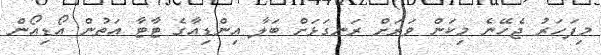
މިފަހަރު ޖެހޭނެ މިކަން ވަރަށް ރަނގަޅަށް ބަލާ އިންޑިއާގެ ޓާޓާ އަތުން އޯޑިއޯން